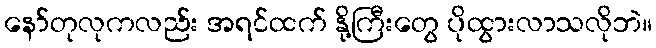
နော်တုလုကလည်း အရင်ထက် နို့ကြီးတွေ ပိုထွားလာသလိုဘဲ။